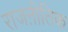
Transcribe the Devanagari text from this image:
राजऩीतिक